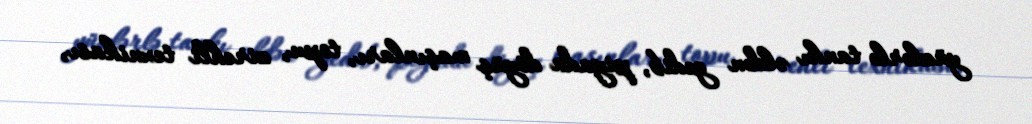
yüzlərlə tankı əldən gedib, piyada döyüş maşınları, topu, zirehli texnikası,